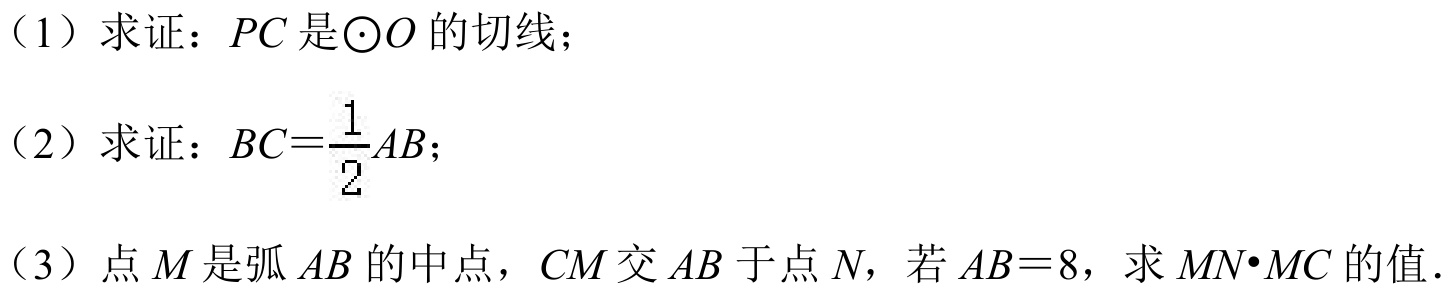
（1）求证：\(PC\) 是\(\odot O\) 的切线；
（2）求证：\(BC = \dfrac{1}{2}AB\)；
（3）点 \(M\) 是弧 \(AB\) 的中点，\(CM\) 交 \(AB\) 于点 \(N\)，若 \(AB = 8\)，求 \(MN\cdot MC\) 的值.